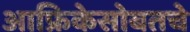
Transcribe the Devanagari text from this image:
आफ्रिकेसोबतचे